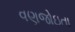
વણજોઇતા